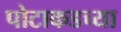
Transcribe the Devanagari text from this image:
पोटाकडच्या